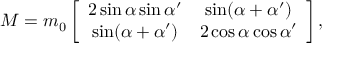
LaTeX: { \cal M } = m _ { 0 } \left[ \begin{array} { c c } { { 2 \sin \alpha \sin \alpha ^ { \prime } } } & { { \sin ( \alpha + \alpha ^ { \prime } ) } } \\ { { \sin ( \alpha + \alpha ^ { \prime } ) } } & { { 2 \cos \alpha \cos \alpha ^ { \prime } } } \end{array} \right] ,